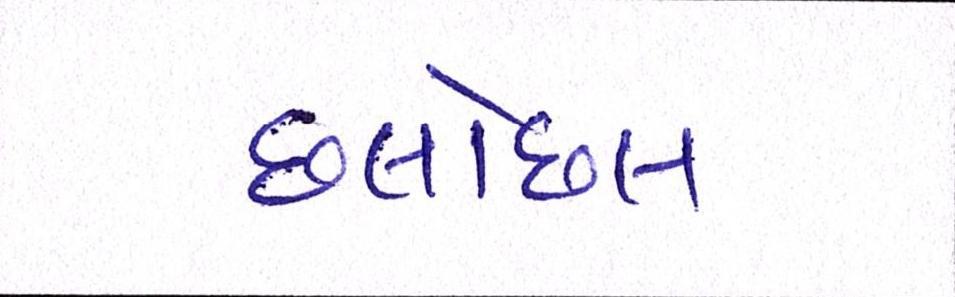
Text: છલોછલ